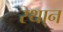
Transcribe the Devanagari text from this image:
स्था्न